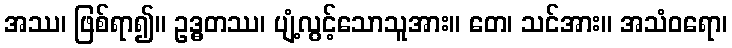
အဿ၊ ဖြစ်ရာ၍။ ဥဒ္ဓတဿ၊ ပျံ့လွင့်သောသူအား။ တေ၊ သင်အား။ အသံဝရော၊